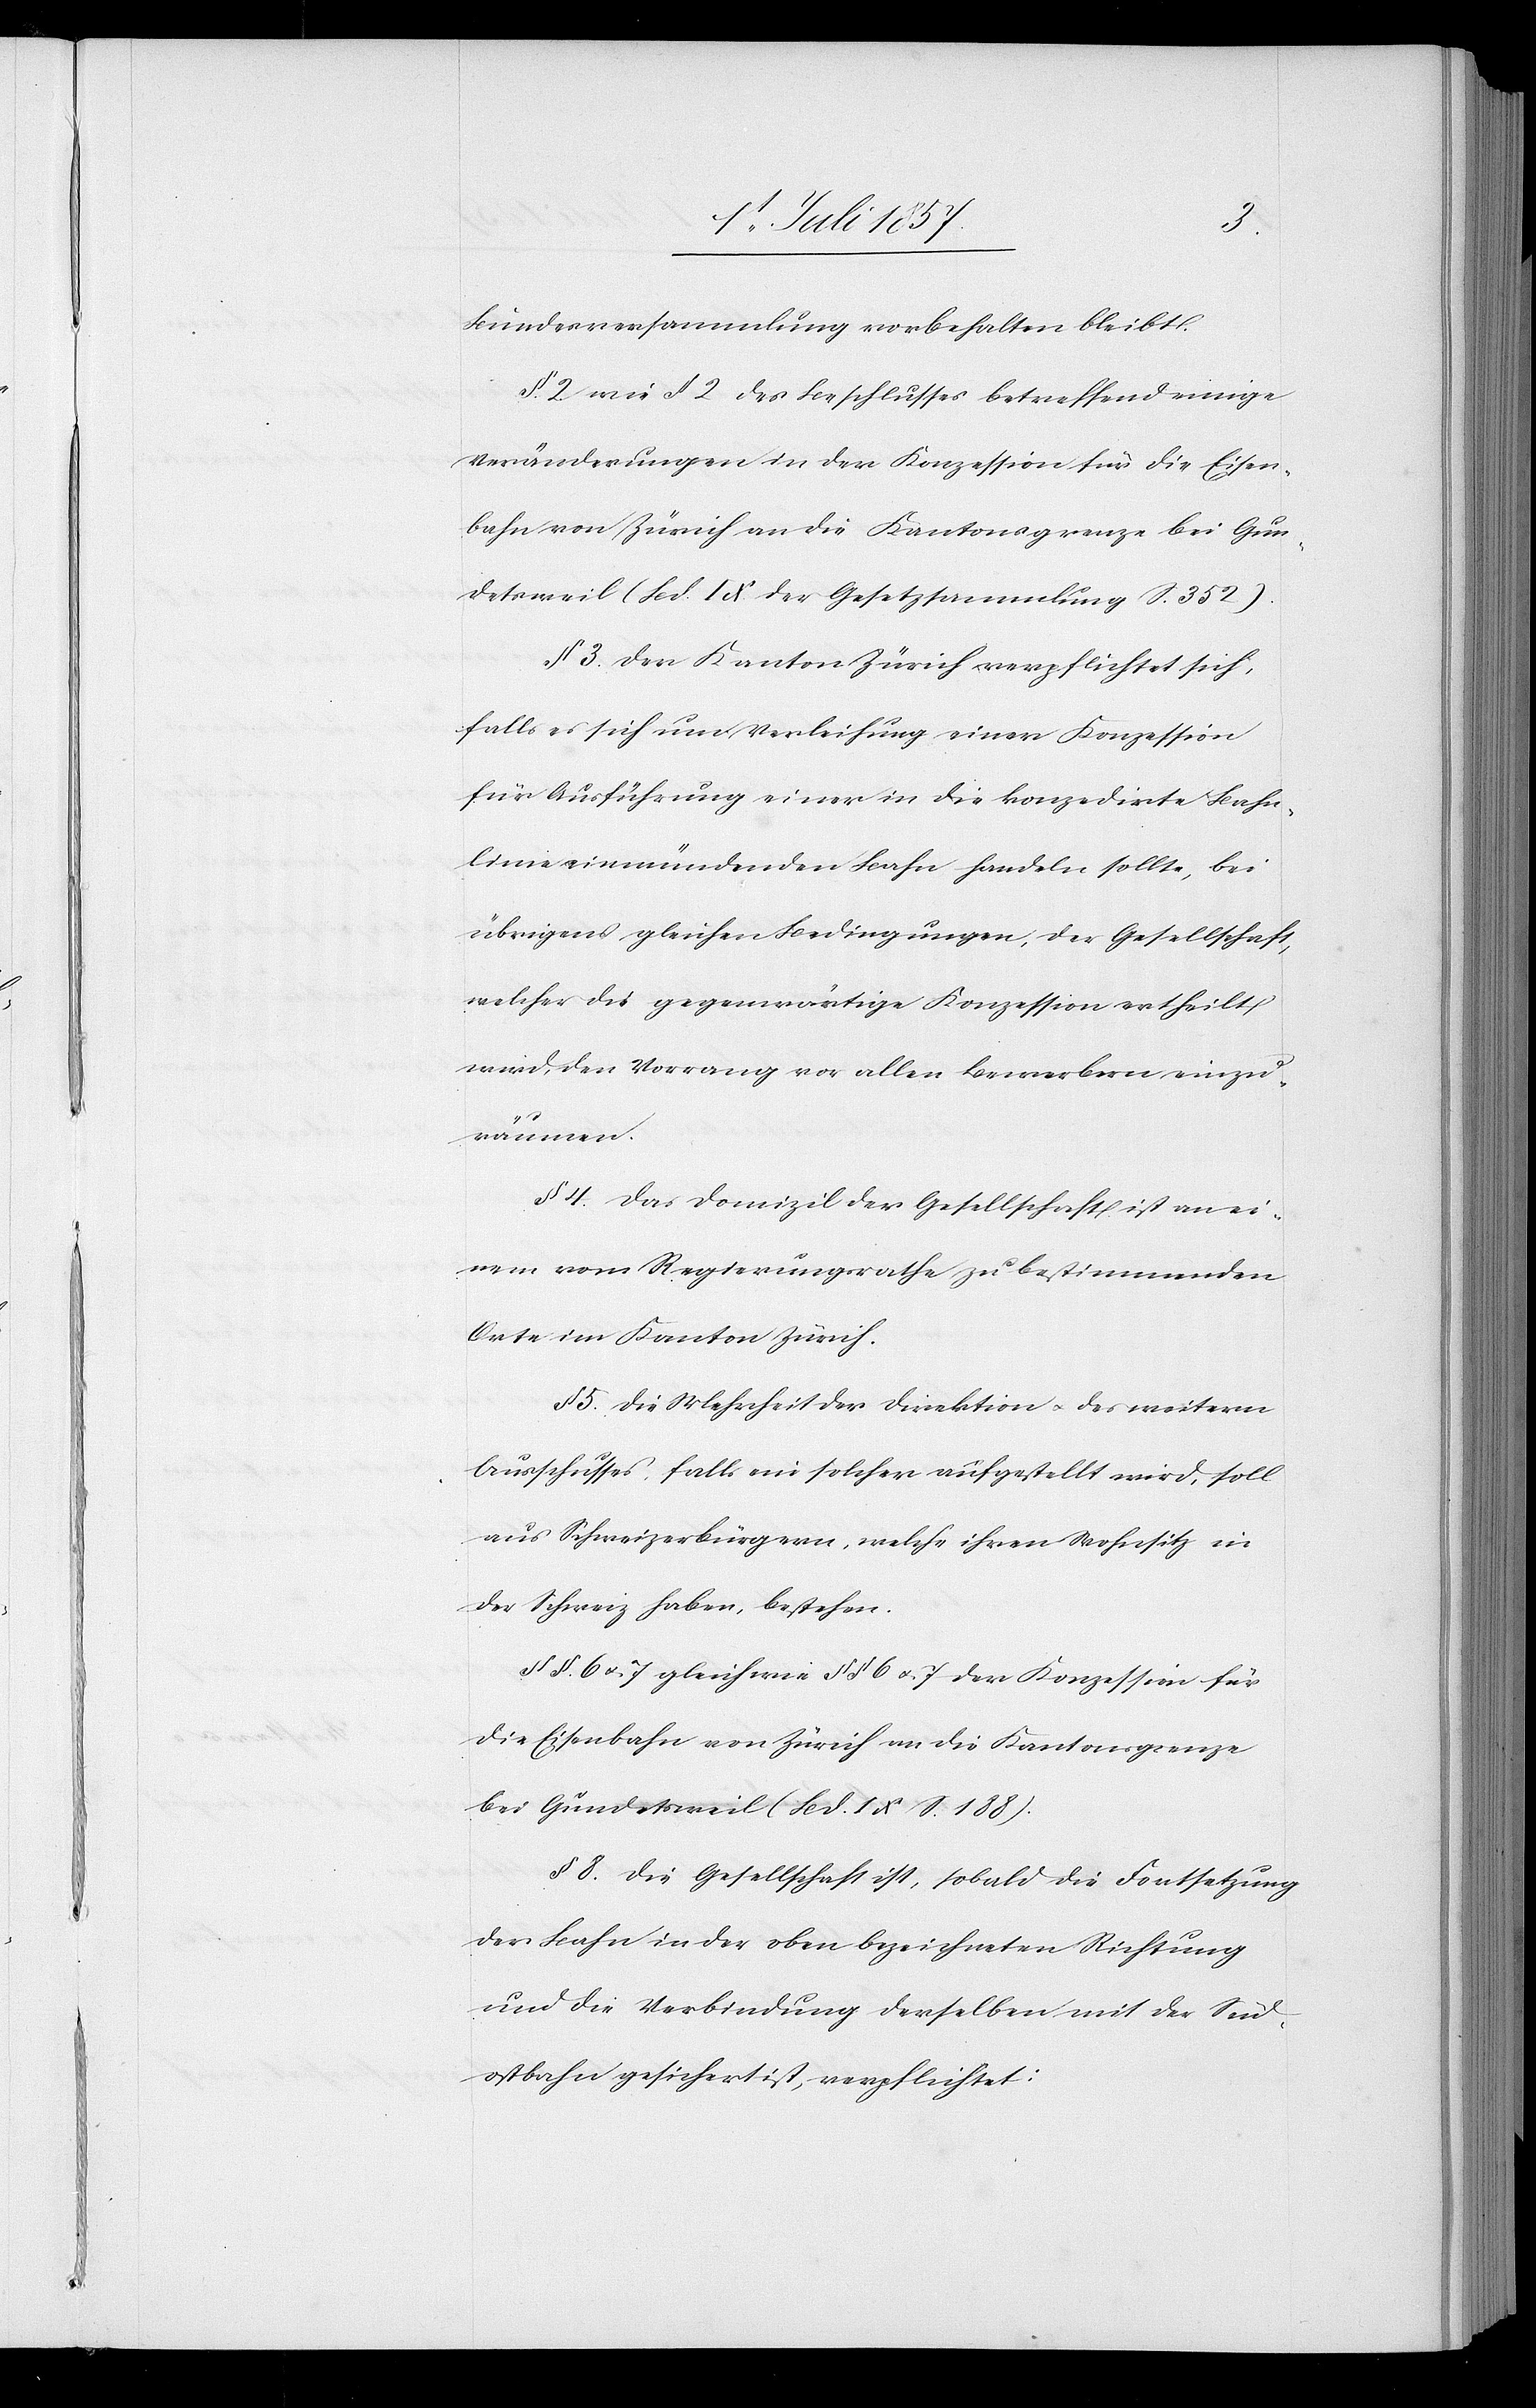
Bundesversammlung vorbehalten bleibt.
§ 2 wie § 2 des Beschlusses betreffend einige
Veränderungen in der Konzession für die Eisen¬
bahn von Zürich an die Kantonsgrenze bei Gun¬
detsweil (Bd. IX der Gesetzsammlung S. 352).
§ 3. Der Kanton Zürich verpflichtet sich,
falls es sich um Verleihung einer Konzession
für Ausführung einer in die konzedirte Bahn¬
linie einmündenden Bahn handeln sollte, bei
übrigens gleichen Bedingungen, der Gesellschaft,
welcher die gegenwärtige Konzession ertheilt
wird, den Vorrang vor allen Bewerbern einzu¬
räumen.
§ 4 Das Domizil der Gesellschaft ist an ei¬
nem vom Regierungsrathe zu bestimmenden
Orte im Kanton Zürich.
§ 5. Die Mehrheit der Direktion & des weitern
Ausschusses, falls ein solcher aufgestellt wird, soll
aus Schweizerbürgern, welche ihren Wohnsitz in
der Schweiz haben, bestehen.
§§ 6 & 7 gleich wie §§ 6 & 7 der Konzession für
die Eisenbahn von Zürich an die Kantonsgrenze
bei Gundetsweil (Bd. IX S. 188).
§ 8. Die Gesellschaft ist, sobald die Fortsetzung
der Bahn in der oben bezeichneten Richtung
und die Verbindung derselben mit der Süd¬
ostbahn gesichert ist, verpflichtet.